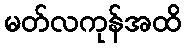
မတ်လကုန်အထိ